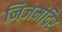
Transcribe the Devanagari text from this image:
निजमंदिर